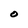
Character: O